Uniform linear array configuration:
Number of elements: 16
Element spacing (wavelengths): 1
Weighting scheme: cosine
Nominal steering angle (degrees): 15
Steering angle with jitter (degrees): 16.074
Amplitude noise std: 0.05
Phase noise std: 0.05

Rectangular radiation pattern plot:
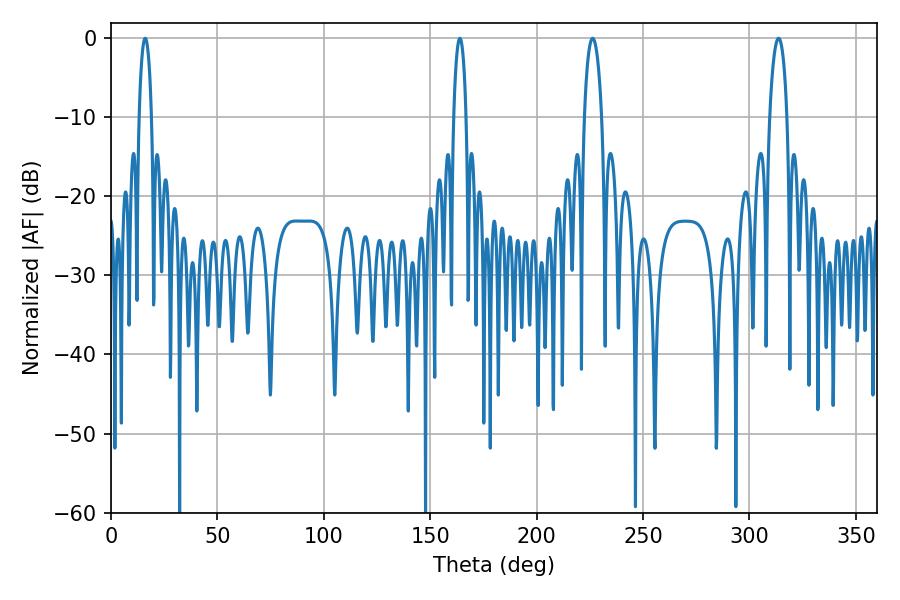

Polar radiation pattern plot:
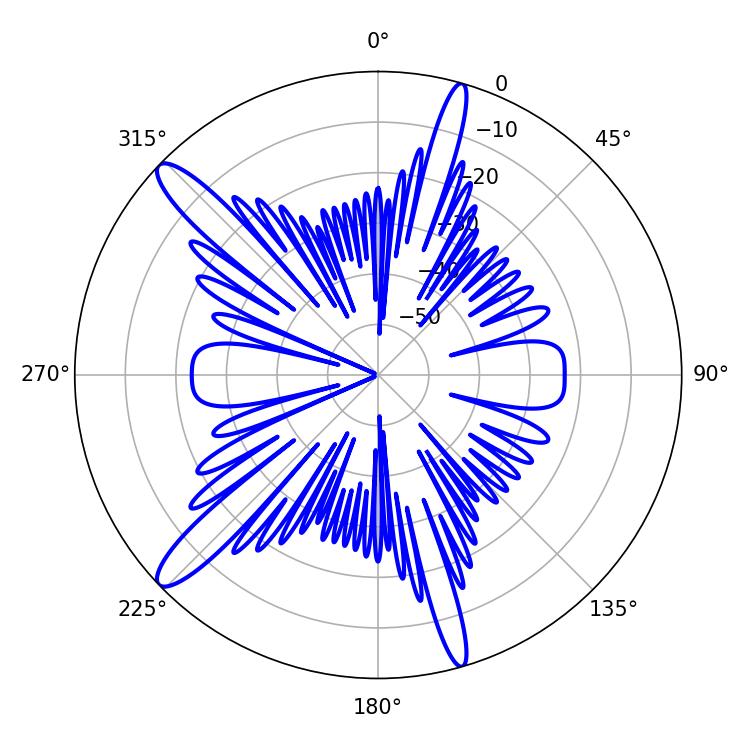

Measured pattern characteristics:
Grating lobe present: TRUE
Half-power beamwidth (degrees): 4.5
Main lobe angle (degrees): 226.26